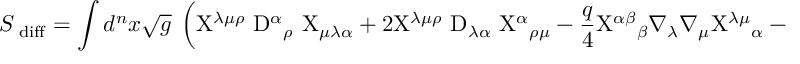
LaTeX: S _ { \mathrm { \tiny ~ d i f f } } = \int d ^ { n } x \sqrt { g } ~ \left( \mathrm { X } ^ { \lambda \mu \rho } ~ \mathrm { D } ^ { \alpha } { } _ { \rho } ~ \mathrm { X } _ { \mu \lambda \alpha } + 2 \mathrm { X } ^ { \lambda \mu \rho } ~ \mathrm { D } _ { \lambda \alpha } ~ \mathrm { X } ^ { \alpha } { } _ { \rho \mu } - \frac { q } 4 \mathrm { X } ^ { \alpha \beta } { } _ { \beta } { } \nabla _ { \lambda } \nabla _ { \mu } { } \mathrm { X } ^ { \lambda \mu } { } _ { \alpha } - \frac 1 2 \mathrm { X } ^ { \beta \gamma \alpha } \mathrm { X } _ { \beta \gamma \alpha } \right) .